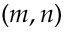
( m , n )